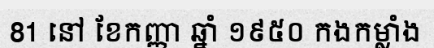
81 នៅ ខែកញ្ញា ឆ្នាំ ១៩៥០ កងកម្លាំង